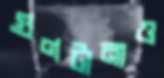
গুণটানাও